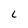
Character: L